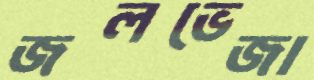
জলভেজা